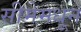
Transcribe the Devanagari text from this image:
सीमेमधून